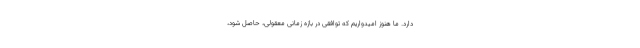
دارد. ما هنوز امیدواریم که توافقی در بازه زمانی معقولی، حاصل شود،